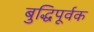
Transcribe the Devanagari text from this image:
बुद्धिपूर्वक